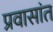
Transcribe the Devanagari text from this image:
प्रवासांत